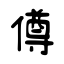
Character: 僔